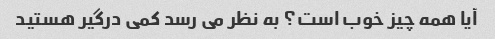
آیا همه چیز خوب است؟ به نظر می رسد کمی درگیر هستید